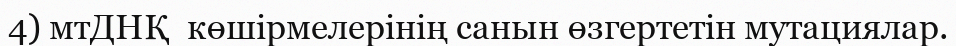
4) мтДНҚ  көшірмелерінің санын өзгертетін мутациялар.